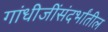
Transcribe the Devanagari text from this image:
गांधीजींसंदर्भांतील